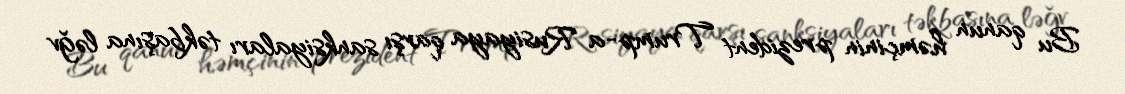
Bu qanun həmçinin prezident Trump-a Rusiyaya qarşı sanksiyaları təkbaşına ləğv